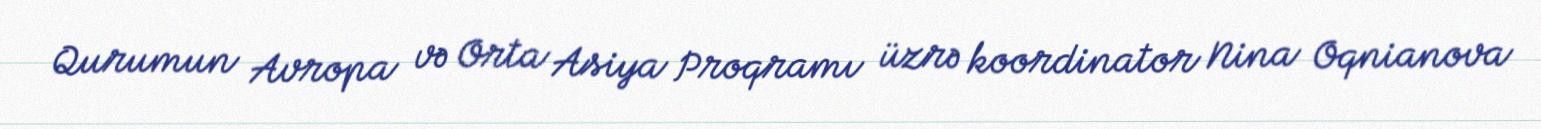
Qurumun Avropa və Orta Asiya Proqramı üzrə koordinator Nina Oqnianova